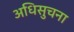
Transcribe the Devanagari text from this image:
अधिसुचना